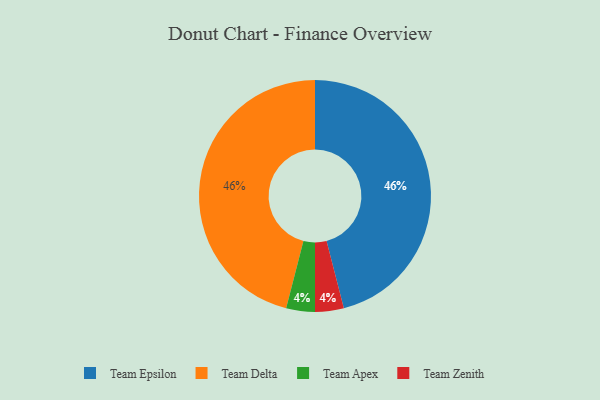
{"axis": {"x": "Category", "y": "Percentage"}, "legend": ["Team Apex", "Team Delta", "Team Epsilon", "Team Zenith"], "data": [{"x": "Team Epsilon", "y": 46, "type": "Team Epsilon"}, {"x": "Team Delta", "y": 46, "type": "Team Delta"}, {"x": "Team Apex", "y": 4, "type": "Team Apex"}, {"x": "Team Zenith", "y": 4, "type": "Team Zenith"}]}